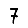
Digit: 7